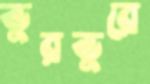
ভুরভুরে